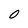
Character: O